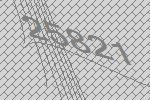
25821